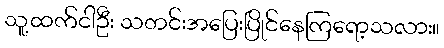
သူ့ထက်ငါဦး သတင်းအပြေးပြိုင်နေကြရော့သလား။